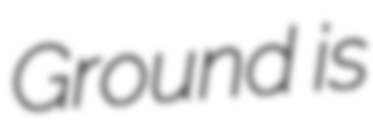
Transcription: Ground is